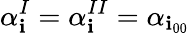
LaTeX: \alpha_{\mathbf{i}}^{I}=\alpha_{\mathbf{i}}^{II}=\alpha_{\mathbf{i}_{00}}